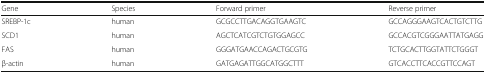
<table><thead><tr><td><b>Gene</b></td><td><b>Species</b></td><td><b>Forward primer</b></td><td><b>Reverse primer</b></td></tr></thead><tbody><tr><td>SREBP-1c</td><td>human</td><td>GCGCCTTGACAGGTGAAGTC</td><td>GCCAGGGAAGTCACTGTCTTG</td></tr><tr><td>SCD1</td><td>human</td><td>AGCTCATCGTCTGTGGAGCC</td><td>GCCACGTCGGGAATTATGAGG</td></tr><tr><td>FAS</td><td>human</td><td>GGGATGAACCAGACTGCGTG</td><td>TCTGCACTTGGTATTCTGGGT</td></tr><tr><td>β-actin</td><td>human</td><td>GATGAGATTGGCATGGCTTT</td><td>GTCACCTTCACCGTTCCAGT</td></tr></tbody></table>